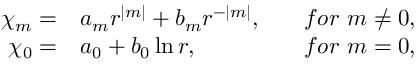
\begin{array} { r l r } { \chi _ { m } = } & { { } a _ { m } r ^ { | m | } + b _ { m } r ^ { - | m | } , ~ ~ ~ } & { f o r ~ m \not = 0 , } \\ { \chi _ { 0 } = } & { { } a _ { 0 } + b _ { 0 } \ln r , ~ ~ ~ } & { f o r ~ m = 0 , } \end{array}